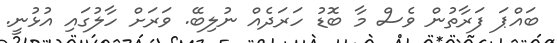
ބައްޕަ ފަރާތުން ވެސް މާ ބޮޑު ހަރަދެއް ނުލިބޭ. ވަރަށް ހާލުގައި އުޅުނީ.